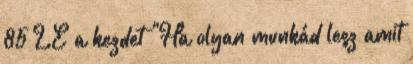
85 LE a kezdet "Ha olyan munkád lesz amit